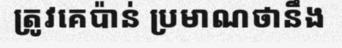
ត្រូវគេប៉ាន់ ប្រមាណថានឹង